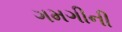
ગમગીની